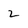
Character: 2